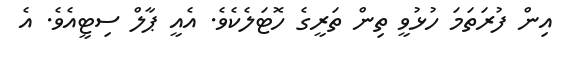
އިން ފުރަތަމަ ހުޅުވީ ތިން ތަރީގެ ހޮޓަލެކެވެ. އެއީ ޕާލް ސިޓީއެވެ. އެ